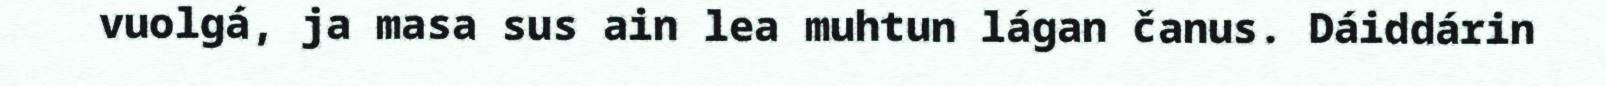
vuolgá, ja masa sus ain lea muhtun lágan čanus. Dáiddárin